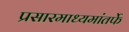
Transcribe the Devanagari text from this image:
प्रसारमाध्यमांतर्फे